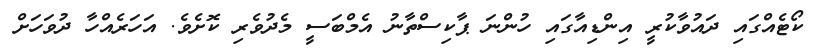
ކޯޓެއްގައި ދައުވާކުރީ އިންޑިއާގައި ހުންނަ ޕާކިސްތާނު އެމްބަސީ މެދުވެރި ކޮށެވެ. އަހަރެއްހާ ދުވަހަށް